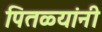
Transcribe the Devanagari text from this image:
पितळ्यांनी